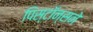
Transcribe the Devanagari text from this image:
पिस्टॉन्सने